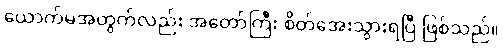
ယောက်မအတွက်လည်း အတော်ကြီး စိတ်အေးသွားရပြီ ဖြစ်သည်။